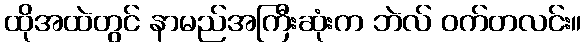
ထိုအထဲတွင် နာမည်အကြီးဆုံးက ဘဲလ် ဝက်တလင်း။